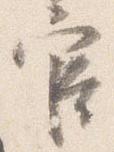
官